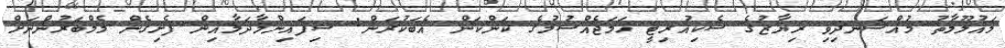
މައުލޫމާތު މުއްސަނދިވި ރިޔާޒުގެ ސެކިއުރިޓީ ހަމަޖެއްސުމުގެ ކަންކަން އެބަކުރަން: ސިފައިންމާދަމާއިން ފެށިގެން މެމްބަރުންނަށް